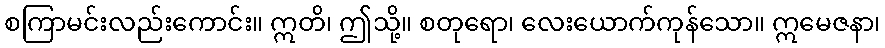
စကြာမင်းလည်းကောင်း။ ဣတိ၊ ဤသို့။ စတုရော၊ လေးယောက်ကုန်သော။ ဣမေဇနာ၊